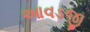
આવડજી